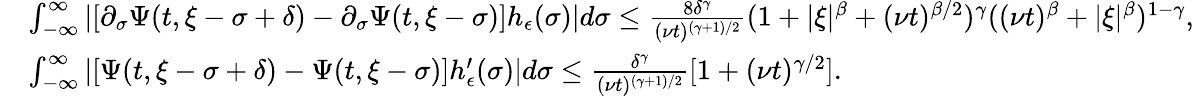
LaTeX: \begin{array}{rl}&{\int_{-\infty}^{\infty}\left|[\partial_{\sigma}\Psi(t,\xi-\sigma+\delta)-\partial_{\sigma}\Psi(t,\xi-\sigma)]h_{\epsilon}(\sigma)\right|d\sigma\leq\frac{8\delta^{\gamma}}{(\nu t)^{(\gamma+1)/2}}(1+|\xi|^{\beta}+(\nu t)^{\beta/2})^{\gamma}((\nu t)^{\beta}+|\xi|^{\beta})^{1-\gamma},}\\ &{\int_{-\infty}^{\infty}\left|[\Psi(t,\xi-\sigma+\delta)-\Psi(t,\xi-\sigma)]h_{\epsilon}^{\prime}(\sigma)\right|d\sigma\leq\frac{\delta^{\gamma}}{(\nu t)^{(\gamma+1)/2}}[1+(\nu t)^{\gamma/2}].}\end{array}